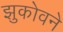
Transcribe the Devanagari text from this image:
झुकोवने